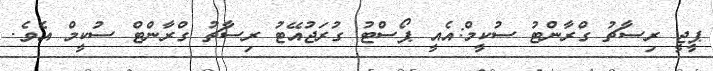
ޕީޖީ ރިސާޗު ގްރާންޓު ސުކީމް:އެއީ ޕޯސްޓު ގުރަޖުއޭޓު ރިސާޗު ގްރާންޓް ސުކީމް އެވެ.